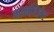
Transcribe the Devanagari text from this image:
कार्नावेलेट